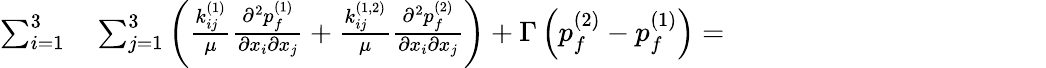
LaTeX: \begin{array}{rl}{\sum_{i=1}^{3}}&{{}\sum_{j=1}^{3}\left(\frac{k_{ij}^{(1)}}{\mu}\frac{\partial^{2}{p_{f}^{(1)}}}{\partial{x_{i}}\partial{x_{j}}}+\frac{k_{ij}^{(1,2)}}{\mu}\frac{\partial^{2}{p_{f}^{(2)}}}{\partial{x_{i}}\partial{x_{j}}}\right)+\Gamma\left(p_{f}^{(2)}-p_{f}^{(1)}\right)=\hphantom{XXXXXXXXXXXXX}}\end{array}